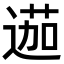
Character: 𨔽